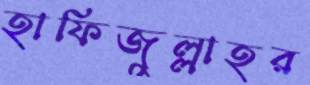
হাফিজুল্লাহর